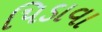
પિડાવા